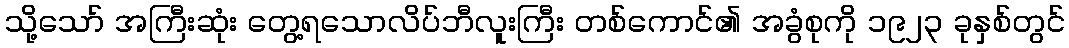
သို့သော် အကြီးဆုံး တွေ့ရသောလိပ်ဘီလူးကြီး တစ်ကောင်၏ အခွံစုကို ၁၉၂၃ ခုနှစ်တွင်